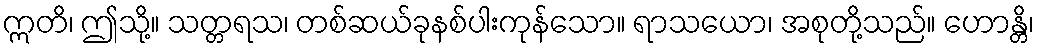
ဣတိ၊ ဤသို့။ သတ္တရသ၊ တစ်ဆယ်ခုနစ်ပါးကုန်သော။ ရာသယော၊ အစုတို့သည်။ ဟောန္တိ၊